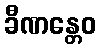
ခီဏန္တေဝ